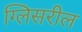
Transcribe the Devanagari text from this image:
ग्लिसरील